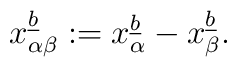
x_{\alpha\beta}\sp{\underline{b}}:= x_{\alpha}\sp{\underline{b}}- x_{\beta}\sp{\underline{b}}.